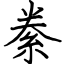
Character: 絭